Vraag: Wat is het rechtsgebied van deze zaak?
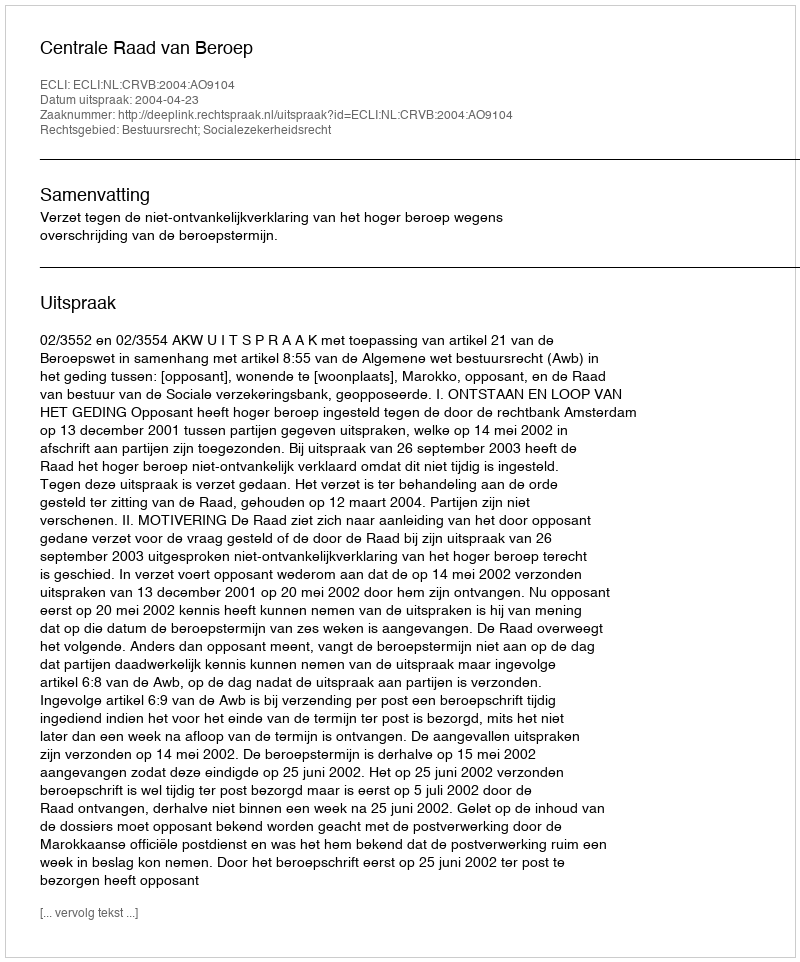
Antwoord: Bestuursrecht; Socialezekerheidsrecht